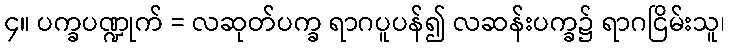
၄။ ပက္ခပဏ္ဍုက် = လဆုတ်ပက္ခ ရာဂပူပန်၍ လဆန်းပက္ခ၌ ရာဂငြိမ်းသူ၊